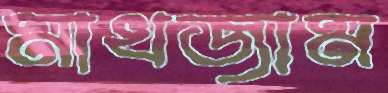
মাখজাম